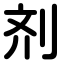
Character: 剂